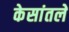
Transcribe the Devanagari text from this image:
केसांतले